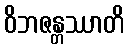
ဝိဘဇန္တဿာတိ